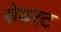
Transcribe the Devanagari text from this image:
सेयरट